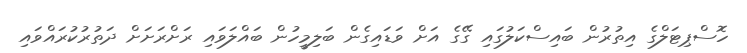
ހޮސްޕިޓަލްގެ އިތުރުން ބައިސްކަލުގައި ގޭގެ އަށް ވަޑައިގެން ބަލިމީހުން ބައްލަވައި ރަށްރަށަށް ދަތުރުކުރައްވައި